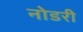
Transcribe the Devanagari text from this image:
नोडरी